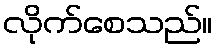
လိုက်စေသည်။